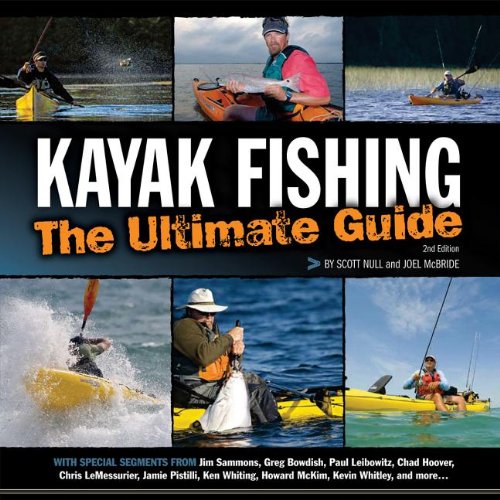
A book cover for Kayak Fishing: The Ultimate Guide 2nd Edition; Scott Null; Sports & Outdoors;